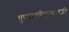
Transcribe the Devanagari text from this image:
पुण्यमयीएकादशी